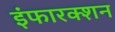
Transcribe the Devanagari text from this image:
इंफारक्शन